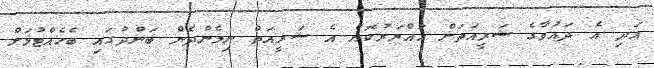
އަދި އެ ދައުވާގެ ޝަރީއަތަށް ހައްޔަރުކޮށް އެ ޝަރީއަތް ނިމެންދެން ބަންދުގައި ބެހެއްޓުމަށް